system: You are a helpful assistant.
user:
Analyze the provided spectrum to determine if it is a **"Cataclysmic Variables (CV)"**.

- **Key Indicators for CV (Check for either state):**
    - **State 1: Quiescent / Low-State (Emission-Dominated)**
        - **(Primary):** Strong and *very broad* Hydrogen Balmer emission lines (e.g., $H\alpha$ at 6563 Å, $H\beta$ at 4861 Å). The 'broadness' (high velocity dispersion, often FWHM > 1000 km/s) is the key diagnostic, indicating a high-velocity accretion disk.
        - **(Secondary):** Broad neutral Helium (He I) emission lines (e.g., 5876 Å, 6678 Å).
        - **(Key Confirmation):** Presence of high-excitation *ionized* Helium (He II) emission at 4686 Å. This is a strong indicator of accretion onto a white dwarf.
        - **(Line Profile):** Emission lines may exhibit a 'double-peaked' profile, which is a classic signature of a rotating accretion disk viewed at high inclination.

    - **State 2: Outburst / High-State (Absorption-Dominated)**
        - **(Primary):** Spectrum is dominated by a bright, blue continuum (looks like a hot star).
        - **(Secondary):** The emission lines from State 1 are weak, absent, or 'filled in', and are replaced by broad, shallow *absorption* lines (primarily Balmer and He I).
        - **(Morphology):** The overall spectrum mimics a hot B/A-type star. The crucial difference is that the absorption lines are significantly broader, shallower, and more 'washed-out' (or 'smeared') than the sharp lines of a normal stellar photosphere, due to high rotational speeds and pressure broadening in the disk.

Think first, call **spectral_visualization_tool** if needed to examine features in detail, then provide your final answer. Your response must adhere to the following strict rules:
1.  **Overall Structure:** Your response must follow the format `<think>...</think> <tool_call>...</tool_call> (if a tool is used) <answer>...</answer>`.
2.  **Tool Usage Constraint:** You may only make **one** tool call per turn.
3.  **Final Answer Format:** In the `<answer>` tag, your conclusion must be inside a `\boxed{}` command (e.g., `\boxed{YES}`), followed by your justification.

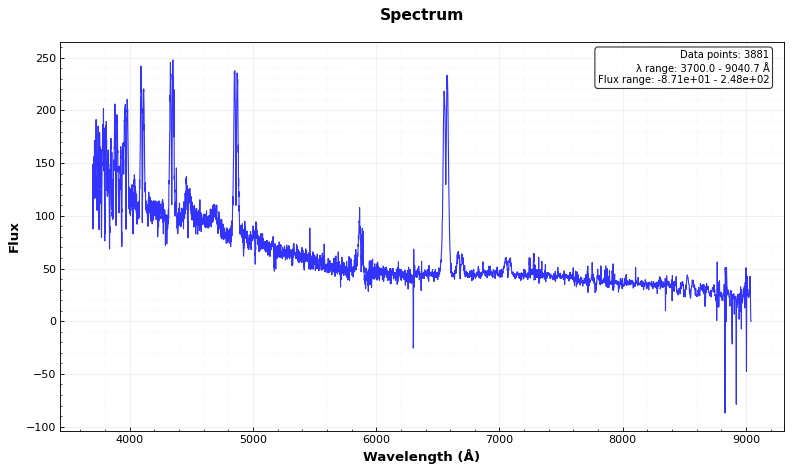
Answer: YES